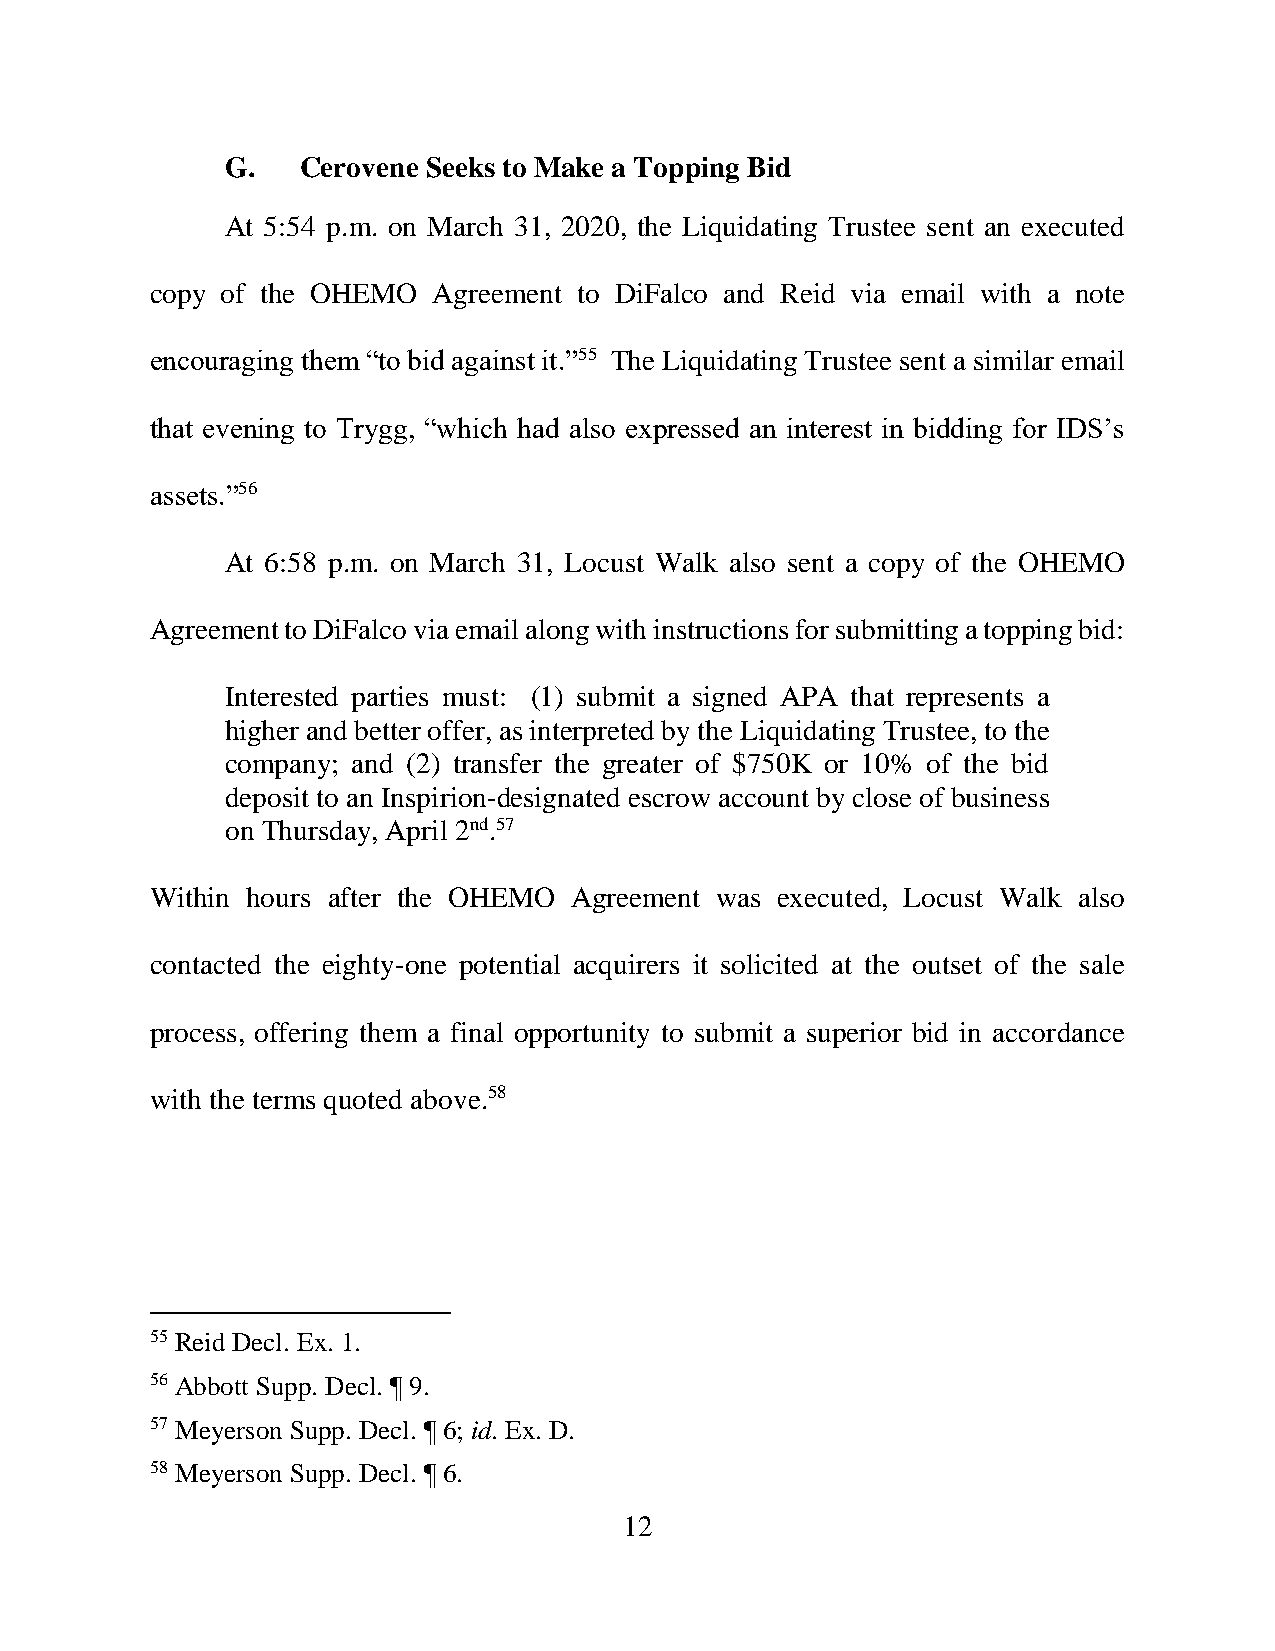
G.   Cerovene Seeks to Make a Topping Bid
 At 5:54 p.m. on March 31, 2020, the Liquidating Trustee sent an executed
 copy of the OHEMO  Agreement to DiFalco and Reid via email with a note
 encouraging them “to bid against it.”55 The Liquidating Trustee sent a similar email
 that evening to Trygg, “which had also expressed an interest in bidding for IDS’s
 assets.”56
 At 6:58 p.m. on March 31, Locust Walk also sent a copy of the OHEMO
 Agreement to DiFalco via email along with instructions for submitting a topping bid:
 Interested parties must: (1) submit a signed APA that represents a
 higher and better offer, as interpreted by the Liquidating Trustee, to the
 company; and (2) transfer the greater of $750K or 10% of the bid
 deposit to an Inspirion-designated escrow account by close of business
 on Thursday, April 2nd.57
 Within hours after the OHEMO Agreement was executed, Locust Walk also
 contacted the eighty-one potential acquirers it solicited at the outset of the sale
 process, offering them a final opportunity to submit a superior bid in accordance
 with the terms quoted above.58
 55 Reid Decl. Ex. 1.
 56 Abbott Supp. Decl. ¶ 9.
 57 Meyerson Supp. Decl. ¶ 6; id. Ex. D.
 58 Meyerson Supp. Decl. ¶ 6.
 12